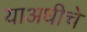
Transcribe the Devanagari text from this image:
याअधीचे